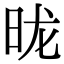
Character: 昽